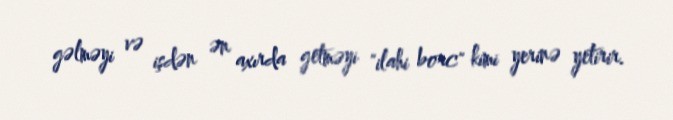
gəlməyi və işdən ən axırda getməyi "ilahi borc" kimi yerinə yetirir.